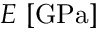
E \ [ \mathrm { G P a } ]